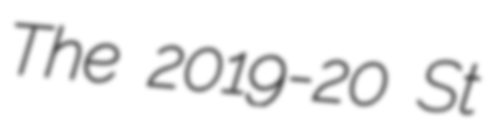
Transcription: The 2019-20 St